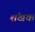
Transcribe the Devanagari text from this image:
शंखक